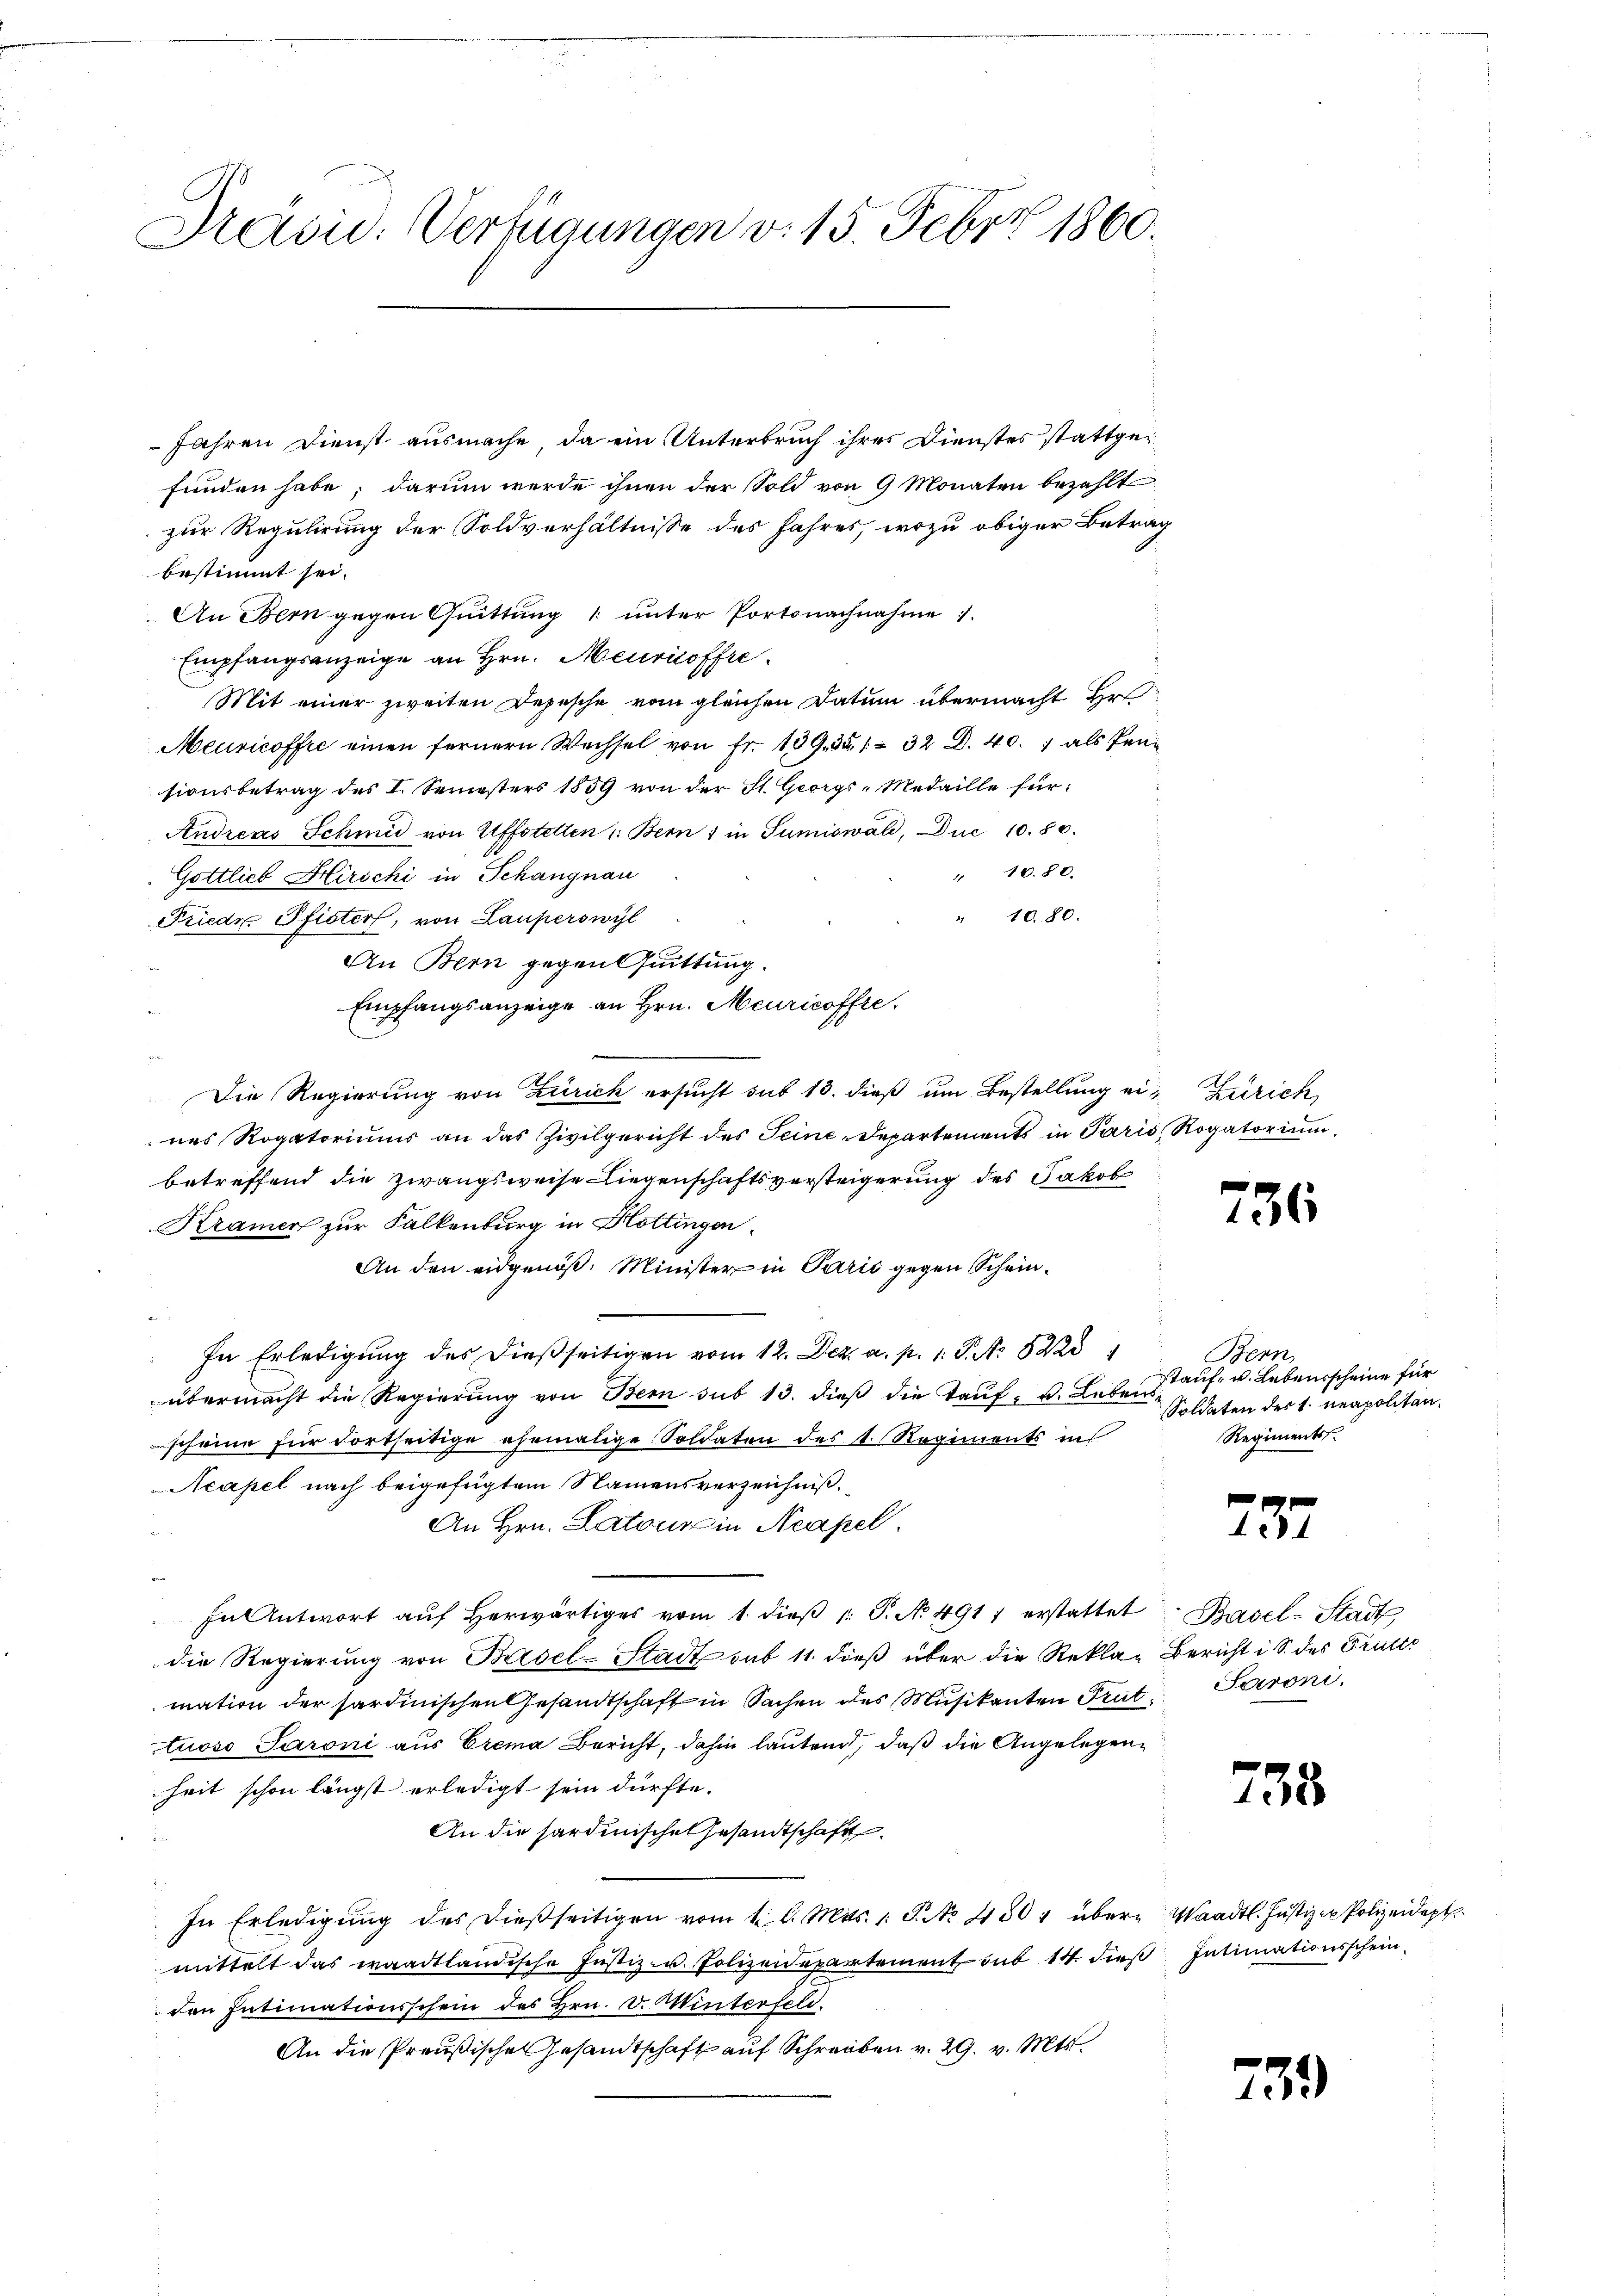
Präsid. Verfügungen v. 15. Febr. 1860.

Jahren Dienst ausmache, da ein Unterbruch ihres Dienstes stattgefunden habe; darum werde ihnen der Sold von 9 Monaten bezahlt
zur Regulirung der Soldverhältnisse des Jahres, wozu obiger Betrag
bestimmt sei.
An Bern gegen Quittung 1 unter Portonachnahme 1.
Empfangsanzeige an Hrn. Meuricoffre
Mit einer zweiten Depesche vom gleichen Datum übermacht Hr.
Meuricoffre einen fernern Wechsel von Fr. 139. 351. 32 D. 40. als Pen
sionsbetrag des I. Semesters 1859 von der St. Georgs-Medaille für
Andreas Schmid von Affstetten 1. Bern in Sumiswald, Duc 10. 80.
" 1080.
Gottlieb Hirschi in Schangnau
" 1080.
Friede Pfister, von Lauperswyl
An Bern gegen Quittung.
Empfangsanzeige an Hrn. Meuricoffte.
Die Regierung von Zürich ersucht sub 13. dieß um Bestellung ein Zürich
nes Rogatoriums an das Zivilgericht des Seine Departements in Paris Rogatoriann
betreffend die Zwangsweise Liegenschaftsversteigerung des Jakob
Kramer zur Falkenburg in Hottingen.
An den eidgenöß. Minister in Parić gegen Schein¬

In Erledigung des dießseitigen vom 12. Dez. a. p. 1. P. Nr. 52231
übermacht die Regierŭng von Bern sub 13. dieβ die Tauf- u. Lebens
scheine für Fortseitige ehemalige Soldaten des k. Regiments ins
Neapel nach beigefügtem Namensverzeichnis.
An Hrn. Latour in Neapel.
In Antwort aŭf herwärtiges vom 1. dieβ 1: P. No 4917 erstattet
die Regierung von Biesel-Stadt sub 11. dieß über die Reklamation der sardinischen Gesandtschaft in Sachen des Musikanten Trut
tuoso Paroni aus Crema Bericht, dahin lautend, daß die Angelegenheit schon längst erledigt sein dürfte.
An die sardinische Gesandtschaft
In Erledigŭng des dießseitigen vom 1. d. Mts. 1. P. No. 430 übermittelt das waadtländische Justiz- u. Polizeidepartement sub 14. dies Intimationsschein
den Intimationsschein des Hrn. v. Winterfeld.
An die Preußische Gesandtschaft auf Schreiben v. 29. v. Mts.

736

Benn
tauf, u. Lebensscheine für
Soldaten des 1. neapolitan¬
Regiments.

257.

Basel-Stadt
Bericht i S. des Tritts
Saroni.

738

259

Waadt. Justizie Polizeidept